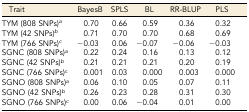
| Trait | BayesB | SPLS | BL | RR-BLUP | PLS |
 | --- | --- | --- | --- | --- | --- |
 | TYM (808 SNPs)a | 0.70 | 0.66 | 0.59 | 0.36 | 0.32 |
 | TYM (42 SNPs)b | 0.71 | 0.70 | 0.70 | 0.68 | 0.69 |
 | TYM (766 SNPs)c | −0.03 | 0.06 | −0.07 | −0.06 | −0.03 |
 | SGNC (808 SNPs)a | 0.22 | 0.24 | 0.16 | 0.13 | 0.12 |
 | SGNC (42 SNPs)b | 0.21 | 0.21 | 0.21 | 0.20 | 0.19 |
 | SGNC (766 SNPs)c | 0.001 | 0.03 | 0.000 | 0.003 | 0.000 |
 | SGNO (808 SNPs)a | 0.06 | 0.10 | 0.05 | 0.07 | 0.11 |
 | SGNO (42 SNPs)b | 0.26 | 0.23 | 0.28 | 0.31 | 0.30 |
 | SGNO (766 SNPs)c | 0.00 | 0.06 | −0.04 | 0.01 | 0.00 |